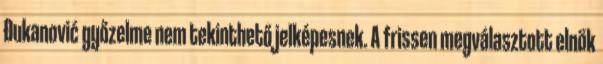
Đukanović győzelme nem tekinthető jelképesnek. A frissen megválasztott elnök